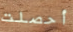
أحصلت